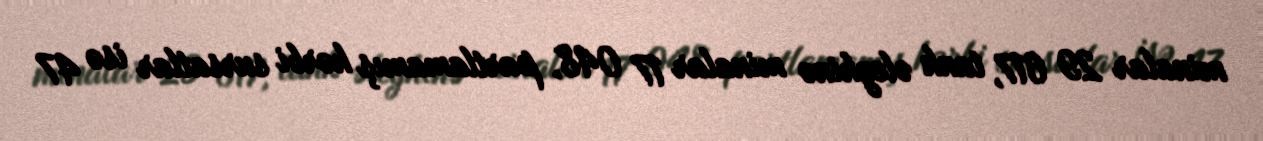
minalar 29 617, tank əleyhinə minalar 17 048, partlamamış hərbi sursatlar isə 47